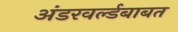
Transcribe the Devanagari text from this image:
अंडरवर्ल्डबाबत